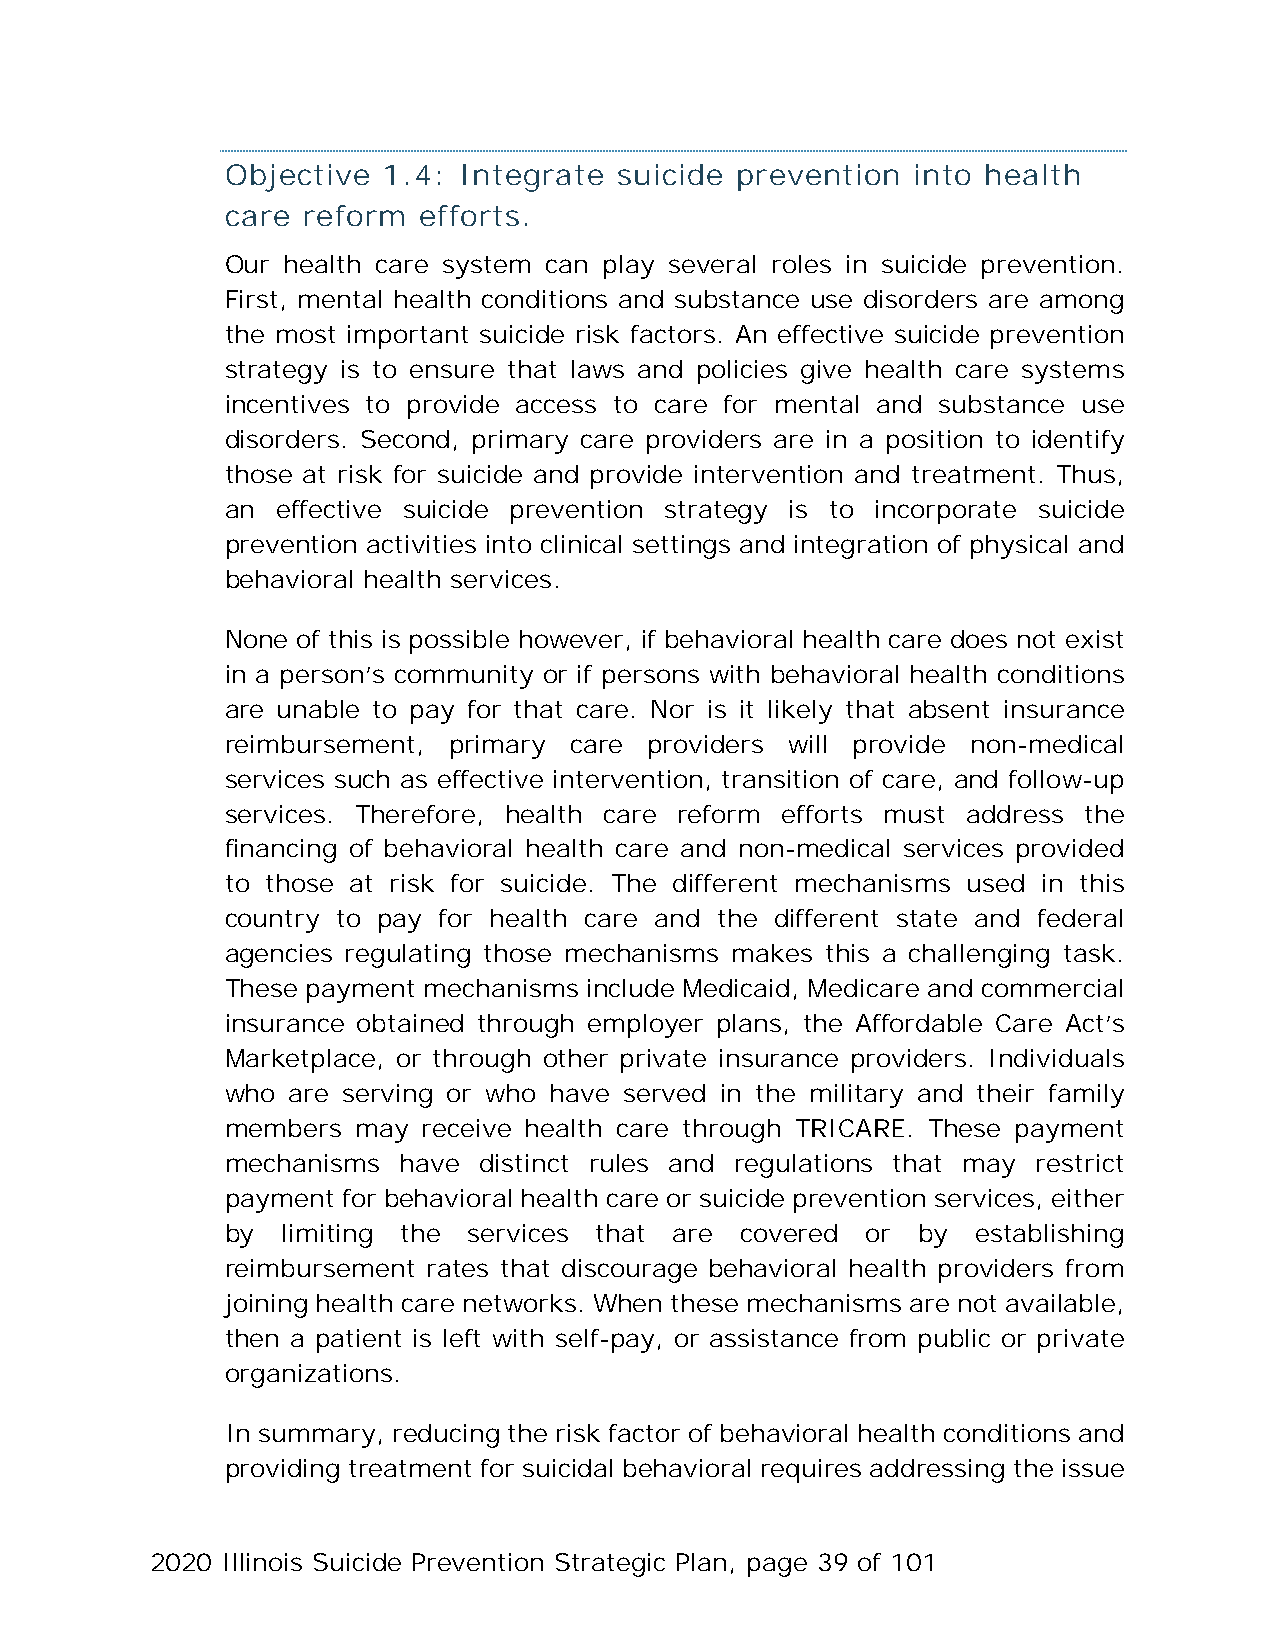
Objective 1.4: Integrate  suicide prevention  into health
 care reform  efforts.
 Our health care system can play several roles in suicide prevention.
 First, mental health conditions and substance use disorders are among
 the most important suicide risk factors. An effective suicide prevention
 strategy is to ensure that laws and policies give health care systems
 incentives to provide access to care for mental and substance use
 disorders. Second, primary care providers are in a position to identify
 those at risk for suicide and provide intervention and treatment. Thus,
 an effective suicide prevention strategy is to incorporate suicide
 prevention activities into clinical settings and integration of physical and
 behavioral health services.
 None of this is possible however, if behavioral health care does not exist
 in a person’s community or if persons with behavioral health conditions
 are unable to pay for that care. Nor is it likely that absent insurance
 reimbursement, primary care providers will provide non-medical
 services such as effective intervention, transition of care, and follow-up
 services. Therefore, health care reform efforts must address the
 financing of behavioral health care and non-medical services provided
 to those at risk for suicide. The different mechanisms used in this
 country to pay for health care and the different state and federal
 agencies regulating those mechanisms makes this a challenging task.
 These payment mechanisms include Medicaid, Medicare and commercial
 insurance obtained through employer plans, the Affordable Care Act’s
 Marketplace, or through other private insurance providers. Individuals
 who are serving or who have served in the military and their family
 members  may receive health care through TRICARE. These payment
 mechanisms have  distinct rules and regulations that may restrict
 payment for behavioral health care or suicide prevention services, either
 by  limiting the services that are covered or by  establishing
 reimbursement rates that discourage behavioral health providers from
 joining health care networks. When these mechanisms are not available,
 then a patient is left with self-pay, or assistance from public or private
 organizations.
 In summary, reducing the risk factor of behavioral health conditions and
 providing treatment for suicidal behavioral requires addressing the issue
 2020 Illinois Suicide Prevention Strategic Plan, page 39 of 101